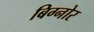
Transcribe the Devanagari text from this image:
बिग्नोर